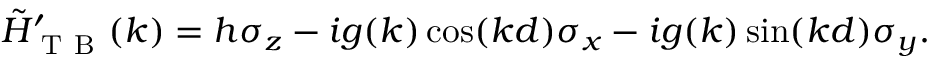
\tilde { H } _ { \mathrm { ~ T ~ B ~ } } ^ { \prime } ( k ) = h \sigma _ { z } - i g ( k ) \cos ( k d ) \sigma _ { x } - i g ( k ) \sin ( k d ) \sigma _ { y } .